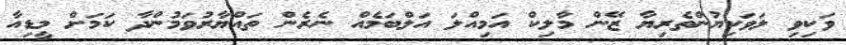
ވަކިވި ލަވަކިޔުންތެރިޔާ ޒޭން މާލިކް އަމިއްލަ އަލްބަމެއް ނެރެން ތައްޔާރުވަމުންދާ ކަމަށް މީޑިއާ